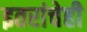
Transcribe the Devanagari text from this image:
इतरांचेही